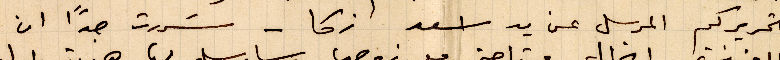
تحريركم المرسل عن يد اسعد زكا - سررت جدًا ان